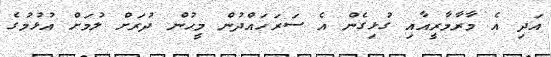
އަދި އެ މާރާމާރީއާއި ގުޅިގެން އެ ސަރަހައްދުން މީހުން ދުރަށް ލުމަށް އުޅުމުގެ